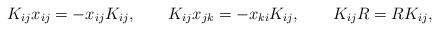
LaTeX: \begin{align*}K_{ij} x_{ij} = - x_{ij} K_{ij}, \qquad K_{ij} x_{jk} = - x_{ki} K_{ij},\qquad K_{ij} R = R K_{ij}, \end{align*}